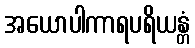
အယောပါကာရပရိယန္တံ